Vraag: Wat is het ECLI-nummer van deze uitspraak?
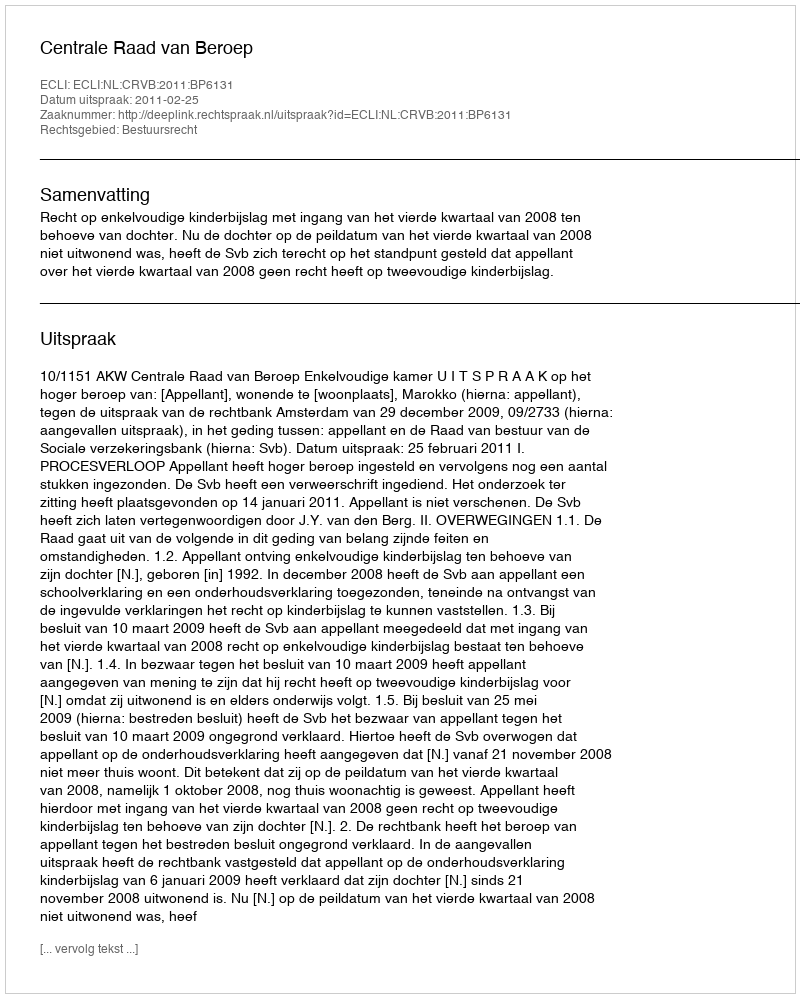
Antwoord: ECLI:NL:CRVB:2011:BP6131